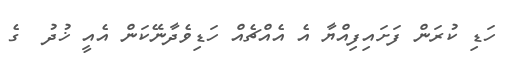
ހަޑި ކުރަން ފަށައިފިއްޔާ އެ އެއްޗެއް ހަޑިވެދާނޭކަން އެއީ ޚުދު  ގެ